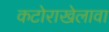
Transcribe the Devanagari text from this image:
कटोराखेलावा